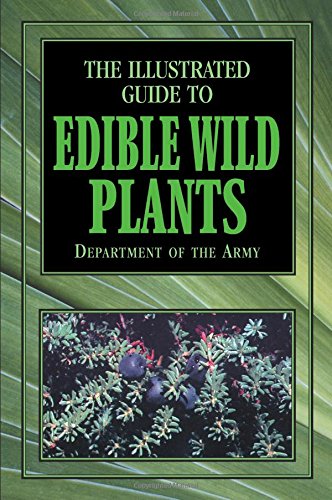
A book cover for The Illustrated Guide to Edible Wild Plants; Department of the Army; Science & Math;